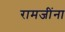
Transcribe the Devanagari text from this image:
रामजींना